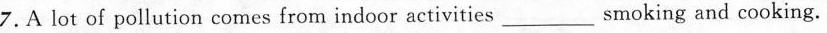
7. lot of pollution comes from indoor activities_smoking and cooking.